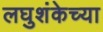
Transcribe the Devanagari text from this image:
लघुशंकेच्या